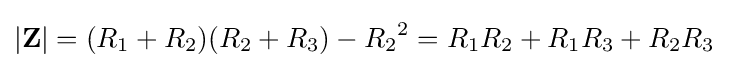
|\mathbf {Z} |=(R_{1}+R_{2})(R_{2}+R_{3})-{R_{2}}^{2}=R_{1}R_{2}+R_{1}R_{3}+R_{2}R_{3}\